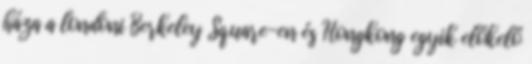
háza a londoni Berkeley Square-en és Hongkong egyik előkelő